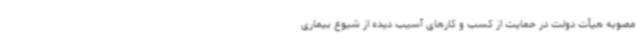
مصوبه هیأت دولت در حمایت از کسب و کارهای آسیب دیده از شیوع بیماری